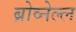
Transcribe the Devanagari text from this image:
ब्रोव्नेल्ल